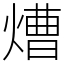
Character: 㷮